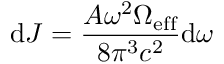
\mathrm { d } J = \frac { A \omega ^ { 2 } \Omega _ { \mathrm { e f f } } } { 8 \pi ^ { 3 } c ^ { 2 } } \mathrm { d } \omega